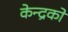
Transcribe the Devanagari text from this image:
केन्द्रको